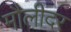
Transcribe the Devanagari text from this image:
मौलीदर